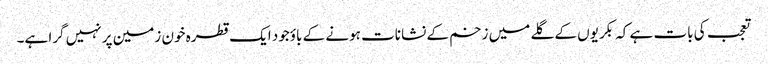
تعجب کی بات ہے کہ بکریوں کے گلے میں زخم کے نشانات ہونے کے باؤجود ایک قطرہ خون زمین پر نہیں گرا ہے۔